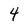
Character: 4